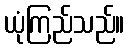
ယုံကြည်သည်။